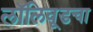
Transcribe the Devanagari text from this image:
लॉलिवूडचा